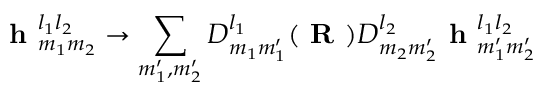
\textbf { h } _ { m _ { 1 } m _ { 2 } } ^ { l _ { 1 } l _ { 2 } } \to \sum _ { m _ { 1 } ^ { \prime } , m _ { 2 } ^ { \prime } } D _ { m _ { 1 } m _ { 1 } ^ { \prime } } ^ { l _ { 1 } } ( \textbf { R } ) D _ { m _ { 2 } m _ { 2 } ^ { \prime } } ^ { l _ { 2 } } \textbf { h } _ { m _ { 1 } ^ { \prime } m _ { 2 } ^ { \prime } } ^ { l _ { 1 } l _ { 2 } }